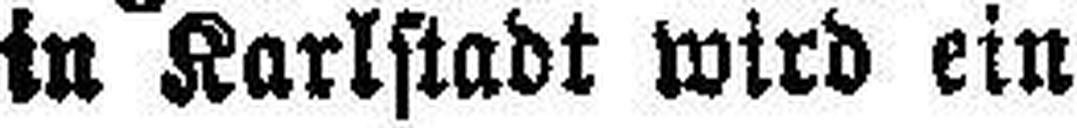
in Karlstadt wird ein